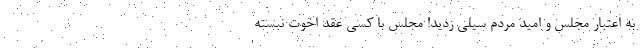
به اعتبار مجلس و امید مردم سیلی زدید! ‌مجلس با کسی عقد اخوت نبسته